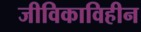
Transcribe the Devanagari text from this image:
जीविकाविहीन